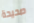
صحيحة